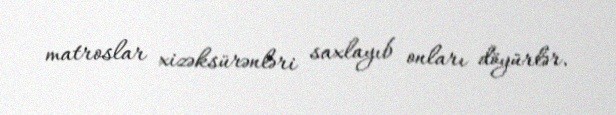
matroslar xizəksürənləri saxlayıb onları döyürlər.